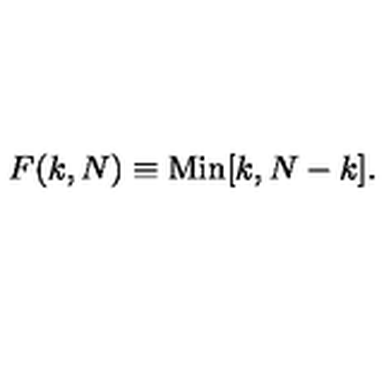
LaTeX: F ( k , N ) \equiv \mathrm { M i n } [ k , N - k ] .